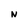
Character: N